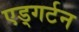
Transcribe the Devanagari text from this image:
एड्गर्टन